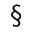
\S